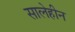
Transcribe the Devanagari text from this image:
सालेहीन